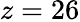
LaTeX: z=26